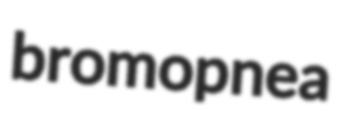
bromopnea